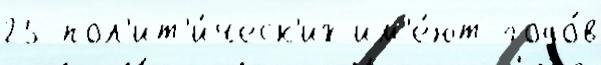
25 пол'ит'и́ческ'их им'е́ют годо́в